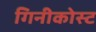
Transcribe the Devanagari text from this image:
गिनीकोस्ट